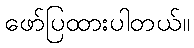
ဖော်ပြထားပါတယ်။